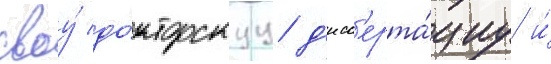
своу́ до́кторскуу д'исс'ерта́циу и́